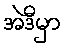
အဲဒီမှာ